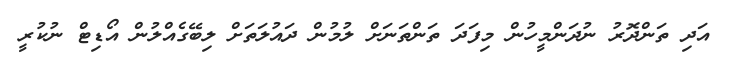
އަދި ތަންދޮރު ނުދަންމީހުން މިފަދަ ތަންތަނަށް ލުމުން ދައުލަތަށް ލިބޭގެއްލުން އޯޑިޓް ނުކުރީ